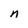
Character: n